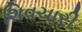
શિવચારી